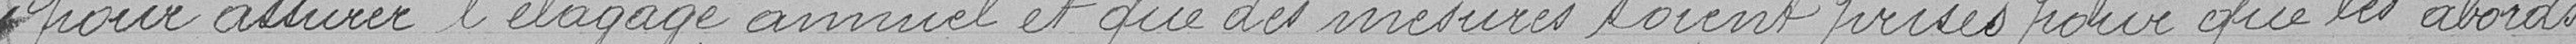
pour assurer l'élagage annuel et que des mesures soient prises pour que les abords